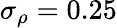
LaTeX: \sigma_{\rho}=0.25